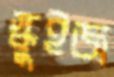
স্কুইজ